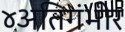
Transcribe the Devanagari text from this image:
४अतिगंभीर